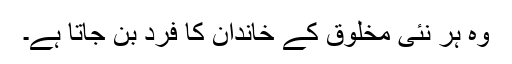
وہ ہر نئی مخلوق کے خاندان کا فرد بن جاتا ہے۔